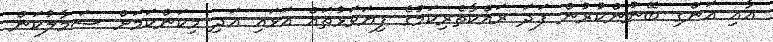
އާއި އަންގި ބޭނުންކުރުން ފަދަ ރައްކާތެރިކަމުގެ ފިޔަވަޅުތައް އަޅައި އަދި މިކަންކަމަށް ސަމާލުކަން